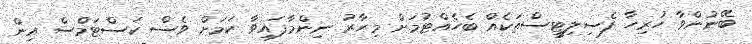
ބޭނުންވާ ހުރިހާ ފެސިލިޓީސްތަކެއް ބެހެއްޓުމަށް މިހާރު ނިންމާފައިވާ ކަމަށް ވެސް ކަސްޓަމްސް އިން